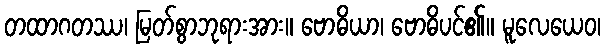
တထာဂတဿ၊ မြတ်စွာဘုရားအား။ ဗောဓိယာ၊ ဗောဓိပင်၏။ မူလေယေဝ၊